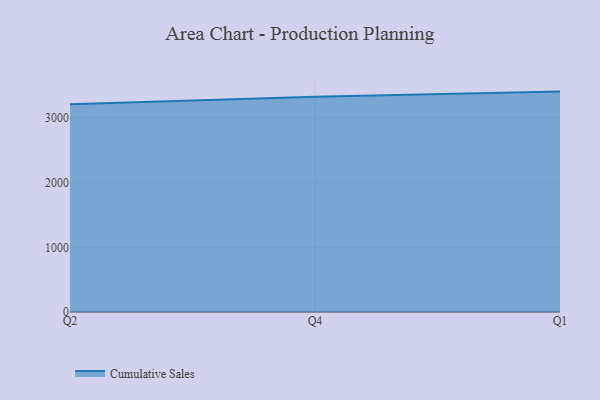
{"axis": {"x": "Quarter", "y": "Website Visitors"}, "legend": ["Cumulative Sales"], "data": [{"x": "Q2", "y": 3212.4, "type": "Cumulative Sales"}, {"x": "Q4", "y": 3328.7, "type": "Cumulative Sales"}, {"x": "Q1", "y": 3409.5, "type": "Cumulative Sales"}]}